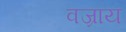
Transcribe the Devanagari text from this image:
वज्राय